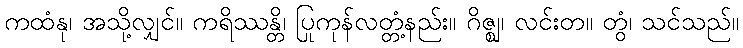
ကထံနု၊ အသို့လျှင်။ ကရိဿန္တိ၊ ပြုကုန်လတ္တံ့နည်း။ ဂိဇ္ဈ၊ လင်းတ။ တွံ၊ သင်သည်။